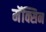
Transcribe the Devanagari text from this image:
मॅक्सिन